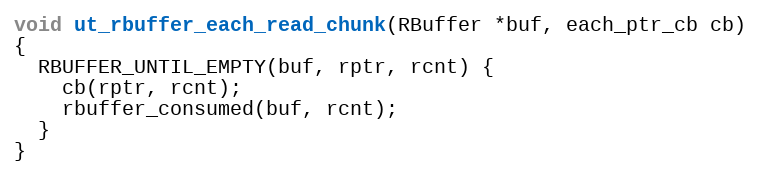
Language: C
void ut_rbuffer_each_read_chunk(RBuffer *buf, each_ptr_cb cb)
{
  RBUFFER_UNTIL_EMPTY(buf, rptr, rcnt) {
    cb(rptr, rcnt);
    rbuffer_consumed(buf, rcnt);
  }
}